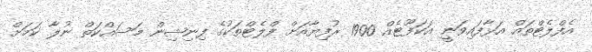
އެފްލެޓްތައް އަޅާފައިވަނީ އަކަފޫޓެއް 1900 ރުފިޔާއަށް ފްލެޓްތަކުގެ ފިނިޝިން މަސައްކަތް ނުލާ ކަމަށް